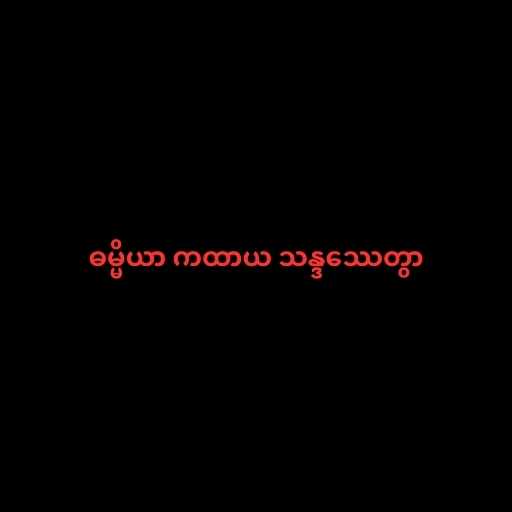
ဓမ္မိယာ ကထာယ သန္ဒဿေတွာ